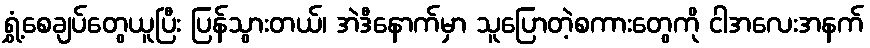
ရွှံ့စေချပ်တွေယူပြီး ပြန်သွားတယ်၊ အဲဒီနောက်မှာ သူပြောတဲ့စကားတွေကို ငါအလေးအနက်